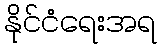
နိုင်ငံရေးအရ